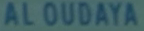
ALOUDAYA